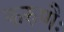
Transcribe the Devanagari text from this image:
करुणैः